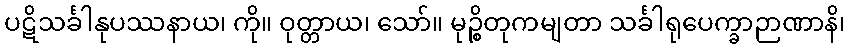
ပဋိသင်္ခါနုပဿနာယ၊ ကို။ ဝုတ္တာယ၊ သော်။ မုဉ္စိတုကမျတာ သင်္ခါရုပေက္ခာဉာဏာနိ၊